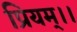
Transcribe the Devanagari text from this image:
प्रियम्।।